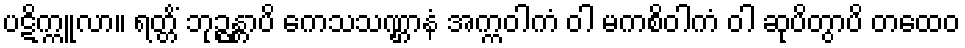
ပဋိက္ကူလာ။ ရတ္တိံ ဘုဉ္ဇန္တာပိ ကေသသဏ္ဌာနံ အက္ကဝါကံ ဝါ မကစိဝါကံ ဝါ ဆုပိတွာပိ တထေဝ